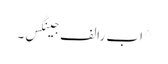
^ ا ب رالف جینگس۔